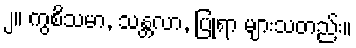
၂။ ကွစိသမာ, သန္တလာ, ပြုရာ များသတည်း။